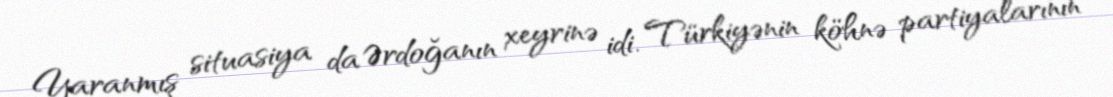
Yaranmış situasiya da Ərdoğanın xeyrinə idi. Türkiyənin köhnə partiyalarının